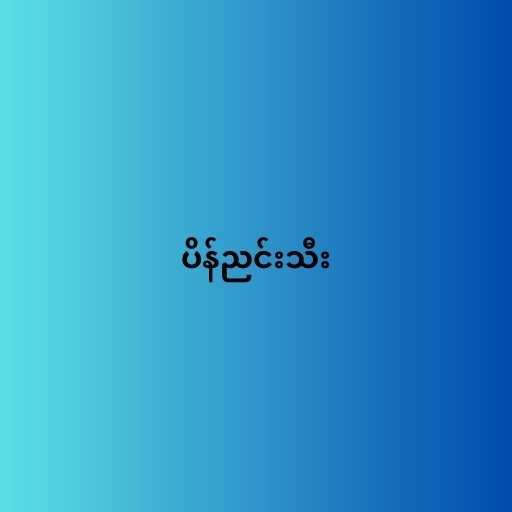
ပိန်ညင်းသီး